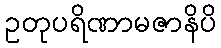
ဥတုပရိဏာမဇာနိပိ